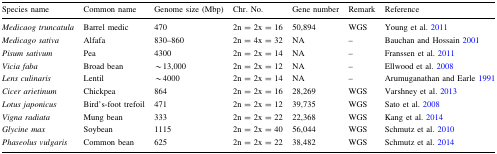
<table><thead><tr><td><b>Species name</b></td><td><b>Common name</b></td><td><b>Genome size (Mbp)</b></td><td><b>Chr. No.</b></td><td><b>Gene number</b></td><td><b>Remark</b></td><td><b>Reference</b></td></tr></thead><tbody><tr><td><i>Medicaog truncatula</i></td><td>Barrel medic</td><td>470</td><td>2n = 2x = 16</td><td>50,894</td><td>WGS</td><td>Young et al. 2011</td></tr><tr><td><i>Medicago sativa</i></td><td>Alfafa</td><td>830–860</td><td>2n = 4x = 32</td><td>NA</td><td>–</td><td>Bauchan and Hossain 2001</td></tr><tr><td><i>Pisum sativum</i></td><td>Pea</td><td>4300</td><td>2n = 2x = 14</td><td>NA</td><td>–</td><td>Franssen et al. 2011</td></tr><tr><td><i>Vicia faba</i></td><td>Broad bean</td><td>~13,000</td><td>2n = 2x = 12</td><td>NA</td><td>–</td><td>Ellwood et al. 2008</td></tr><tr><td><i>Lens culinaris</i></td><td>Lentil</td><td>~4000</td><td>2n = 2x = 14</td><td>NA</td><td>–</td><td>Arumuganathan and Earle 1991</td></tr><tr><td><i>Cicer arietinum</i></td><td>Chickpea</td><td>864</td><td>2n = 2x = 16</td><td>28,269</td><td>WGS</td><td>Varshney et al. 2013</td></tr><tr><td><i>Lotus japonicus</i></td><td>Bird’s-foot trefoil</td><td>471</td><td>2n = 2x = 12</td><td>39,735</td><td>WGS</td><td>Sato et al. 2008</td></tr><tr><td><i>Vigna radiata</i></td><td>Mung bean</td><td>333</td><td>2n = 2x = 22</td><td>22,368</td><td>WGS</td><td>Kang et al. 2014</td></tr><tr><td><i>Glycine max</i></td><td>Soybean</td><td>1115</td><td>2n = 2x = 40</td><td>56,044</td><td>WGS</td><td>Schmutz et al. 2010</td></tr><tr><td><i>Phaseolus vulgaris</i></td><td>Common bean</td><td>625</td><td>2n = 2x = 22</td><td>38,482</td><td>WGS</td><td>Schmutz et al. 2014</td></tr></tbody></table>